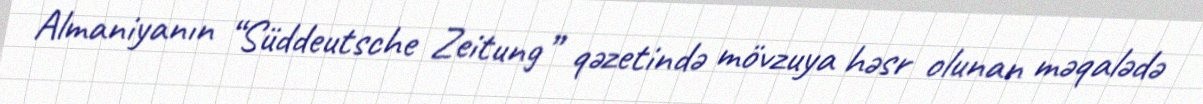
Almaniyanın “Süddeutsche Zeitung” qəzetində mövzuya həsr olunan məqalədə